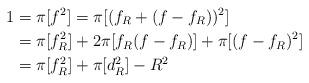
LaTeX: \begin{align*} 1 &= \pi[f^2] = \pi[(f_R + (f - f_R))^2] \\ &= \pi[f_R^2] + 2\pi[ f_R (f - f_R)] + \pi[ (f - f_R)^2]\\ &= \pi[f_R^2] + \pi[ d_R^2] - R^2 \end{align*}